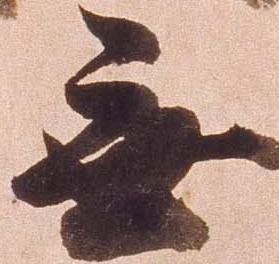
無